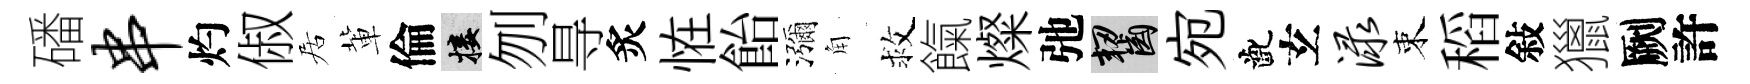
磻串灼俶居軰倫接刎㝵炙恠飴瀰角救餼燦弛齧宛齔𤣥渌束稻敍獵劂許